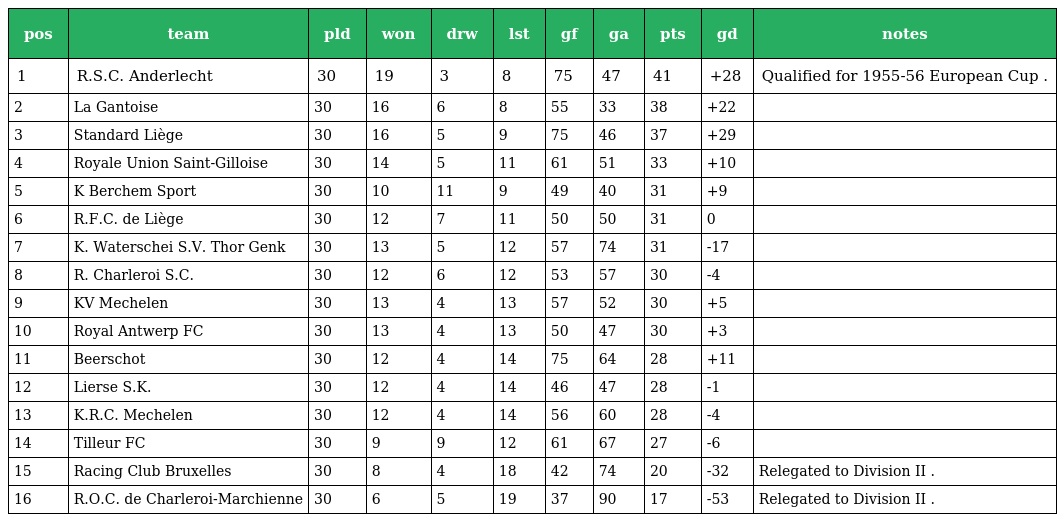
| pos | team | pld | won | drw | lst | gf | ga | pts | gd | notes |
 | --- | --- | --- | --- | --- | --- | --- | --- | --- | --- | --- |
 | 1 | R.S.C. Anderlecht | 30 | 19 | 3 | 8 | 75 | 47 | 41 | +28 | Qualified for 1955-56 European Cup . |
 | 2 | La Gantoise | 30 | 16 | 6 | 8 | 55 | 33 | 38 | +22 |  |
 | 3 | Standard Liège | 30 | 16 | 5 | 9 | 75 | 46 | 37 | +29 |  |
 | 4 | Royale Union Saint-Gilloise | 30 | 14 | 5 | 11 | 61 | 51 | 33 | +10 |  |
 | 5 | K Berchem Sport | 30 | 10 | 11 | 9 | 49 | 40 | 31 | +9 |  |
 | 6 | R.F.C. de Liège | 30 | 12 | 7 | 11 | 50 | 50 | 31 | 0 |  |
 | 7 | K. Waterschei S.V. Thor Genk | 30 | 13 | 5 | 12 | 57 | 74 | 31 | -17 |  |
 | 8 | R. Charleroi S.C. | 30 | 12 | 6 | 12 | 53 | 57 | 30 | -4 |  |
 | 9 | KV Mechelen | 30 | 13 | 4 | 13 | 57 | 52 | 30 | +5 |  |
 | 10 | Royal Antwerp FC | 30 | 13 | 4 | 13 | 50 | 47 | 30 | +3 |  |
 | 11 | Beerschot | 30 | 12 | 4 | 14 | 75 | 64 | 28 | +11 |  |
 | 12 | Lierse S.K. | 30 | 12 | 4 | 14 | 46 | 47 | 28 | -1 |  |
 | 13 | K.R.C. Mechelen | 30 | 12 | 4 | 14 | 56 | 60 | 28 | -4 |  |
 | 14 | Tilleur FC | 30 | 9 | 9 | 12 | 61 | 67 | 27 | -6 |  |
 | 15 | Racing Club Bruxelles | 30 | 8 | 4 | 18 | 42 | 74 | 20 | -32 | Relegated to Division II . |
 | 16 | R.O.C. de Charleroi-Marchienne | 30 | 6 | 5 | 19 | 37 | 90 | 17 | -53 | Relegated to Division II . |